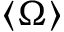
\langle \Omega \rangle